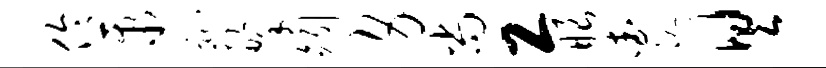
伶聚趾擎矧身尚工眼查耽具